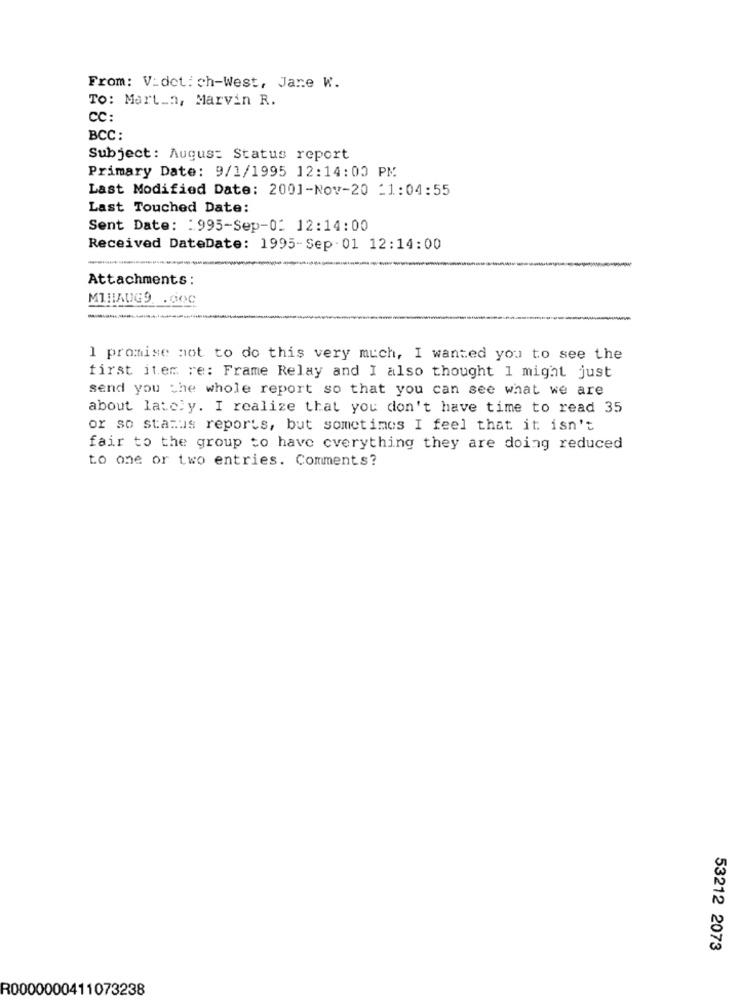
From: V:det: ch-West, Jane W.
TO: Mart_n, Marvin R.
CC:
BCC :
Subject: Augus: Status report
Primary Date: 9/1/1995 12:14:00 PM
Last Modified Date: 2001-Nov-20 -1:04:55
Last Touched Date:
Sent Date: : 995-Sep-0: 12:14:00
Received DateDate: 1995-Sep-01 12:14:00
Attachments :
MIHAUG9 .doc
--
1 promise mot to do this very much, I wanted you to see the
first item re: Frame Relay and I also thought 1 might just
send you the whole report so that you can see what we are
about lately. I realize that you don't have time to read 35
or so status reports, but sometimes I feel that it isn't
fair to the group to have everything they are doing reduced
to one or two entries. Comments?
53212 2073
R0000000411073238